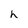
Character: h